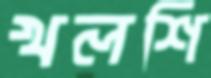
খলশি